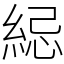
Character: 䋟